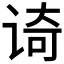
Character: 𮷈